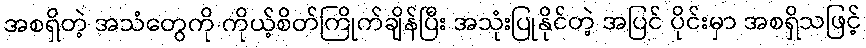
အစရှိတဲ့ အသံတွေကို ကိုယ့်စိတ်ကြိုက်ချိန်ပြီး အသုံးပြုနိုင်တဲ့ အပြင် ပိုင်းမှာ အစရှိသဖြင့်